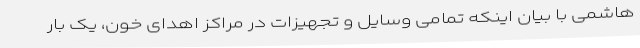
هاشمی با بیان اینکه تمامی وسایل و تجهیزات در مراکز اهدای خون، یک بار